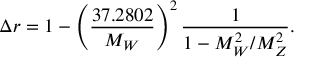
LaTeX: \Delta r = 1 - \left( \frac { 3 7 . 2 8 0 2 } { M _ { W } } \right) ^ { 2 } \frac { 1 } { 1 - M _ { W } ^ { 2 } / M _ { Z } ^ { 2 } } .